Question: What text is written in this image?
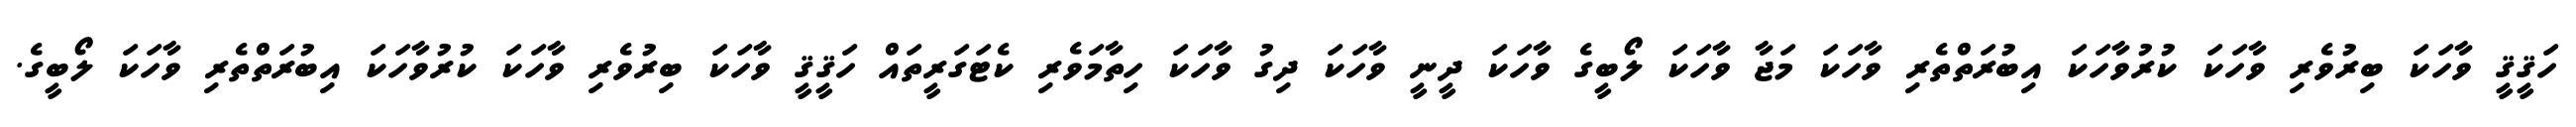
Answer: ހަޤީޤީ ވާހަކަ ބިރުވެރި ވާހަކަ ކުރުވާހަކަ އިބުރަތްތެރި ވާހަކަ މަޖާ ވާހަކަ ލޯބީގެ ވާހަކަ ދީނީ ވާހަކަ ދިގު ވާހަކަ ހިތާމަވެރި ކެޓަގަރީތައް ހަޤީޤީ ވާހަކަ ބިރުވެރި ވާހަކަ ކުރުވާހަކަ އިބުރަތްތެރި ވާހަކަ ލޯބީގެ.